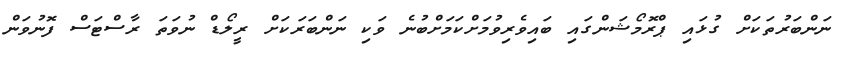
ނަންބަރުތަކަށް ގުޅައި ޕްރޮމޯޝަންގައި ބައިވެރިވުމަށްކަމަށްބުނެ ވަކި ނަންބަރަކަށް ރީލޯޑް ނުވަތަ ރާސްޓަސް ފޮނުވަން